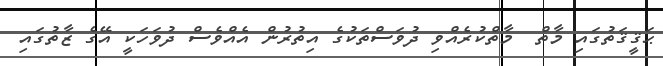
ޙަޤީޤަތުގައި މާތް  މާތްކުރެއްވި ދުވަސްތަކުގެ އިތުރުން އެއްވެސް ދުވަހަކީ އޭގެ ޒާތުގައި